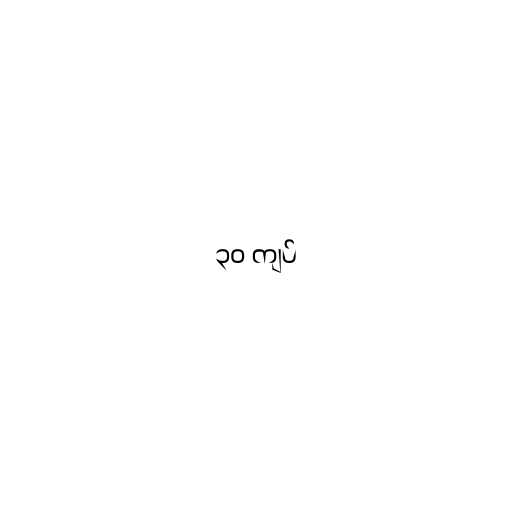
၃၀ ကျပ်